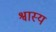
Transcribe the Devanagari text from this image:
श्वास्य